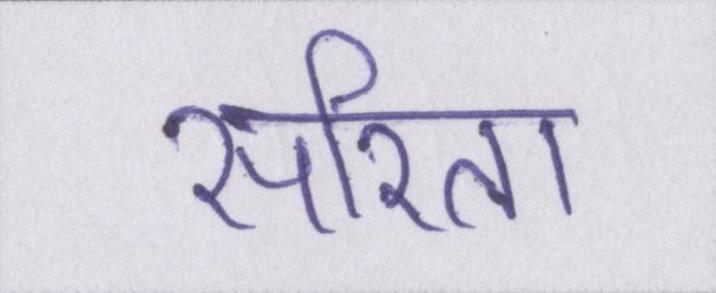
सरिता